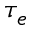
\tau _ { e }